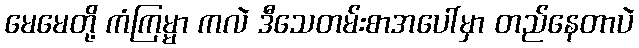
မေမေတို့ ကံကြမ္မာ ကလဲ ဒီသေတမ်းစာအပေါ်မှာ တည်နေတာပဲ